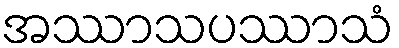
အဿာသပဿာသံ